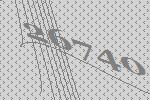
26740